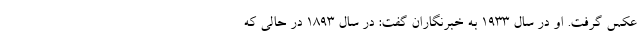
عکس گرفت. او در سال ۱۹۳۳ به خبرنگاران گفت: در سال ۱۸۹۳ در حالی که